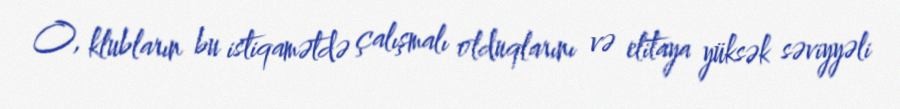
O, klubların bu istiqamətdə çalışmalı olduqlarını və elitaya yüksək səviyyəli